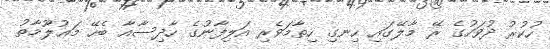
ހުކުރު ދުވަހުގެ ރޭ މާލޭގައި ހިނގި ހިތާމަވެރި އަލިފާނުގެ ހާދިސާއާ ބެހޭ މަޢުލޫމާތު